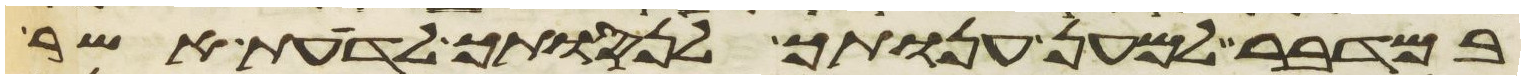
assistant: במדבר למען ענותך לנסותך לדעת אשר